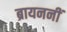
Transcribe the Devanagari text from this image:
ब्रायननीं